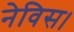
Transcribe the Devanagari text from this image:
नेविस।